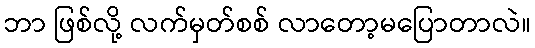
ဘာ ဖြစ်လို့ လက်မှတ်စစ် လာတော့မပြောတာလဲ။